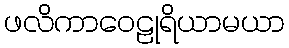
ဖလိကာဝေဠုရိယာမယာ